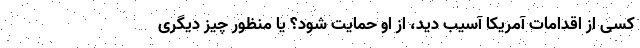
کسی از اقدامات آمریکا آسیب دید، از او حمایت شود؟ یا منظور چیز دیگری